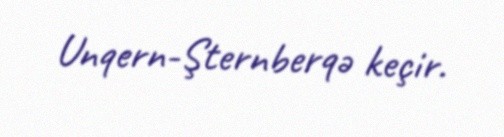
Unqern-Şternberqə keçir.